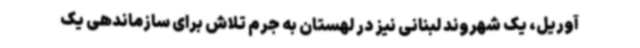
آوریل، یک شهروند لبنانی نیز در لهستان به جرم تلاش برای سازماندهی یک